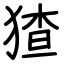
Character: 猹